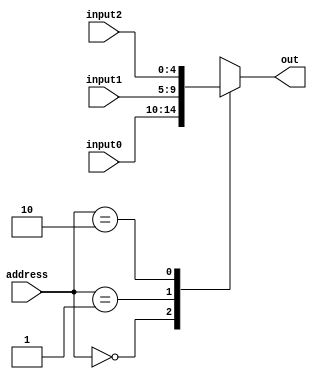
// 3 to 1x5 mux
module mux3to1by5
(
output [4:0] out,
input  [1:0]      address,
input  [4:0] input0, input1, input2
);

  wire [4:0] mux [2:0];
  assign mux[0] = input0;
  assign mux[1] = input1;
  assign mux[2] = input2;

  assign out = mux[address];
endmodule